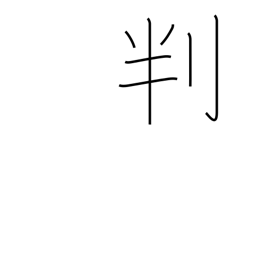
Meaning: signature